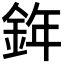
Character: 𨦧